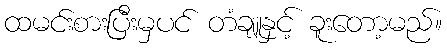
ထမင်းစားပြီးမှပင် တံချူနှင့် ခူးတော့မည်။